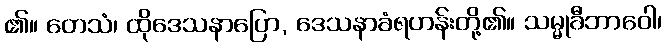
၏။ တေသံ၊ ထိုဒေသနာပြော, ဒေသနာခံရဟန်းတို့၏။ သမ္မုခီဘာဝေါ၊